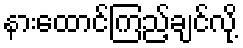
နားထောင်ကြည့်ချင်လို့